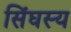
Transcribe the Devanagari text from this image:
सिंघस्य